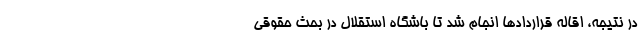
در نتیجه، اقاله قراردادها انجام شد تا باشگاه استقلال در بحث حقوقی